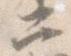
二